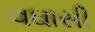
વઘાસી